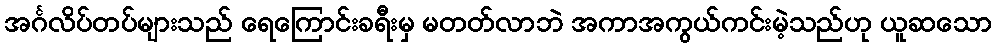
အင်္ဂလိပ်တပ်များသည် ရေကြောင်းခရီးမှ မတတ်လာဘဲ အကာအကွယ်ကင်းမဲ့သည်ဟု ယူဆသော